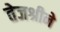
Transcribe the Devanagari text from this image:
तेजश्रीने